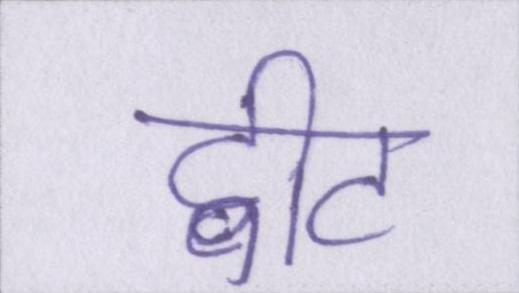
ट्वीट